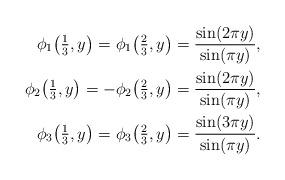
LaTeX: \begin{align*}\phi_1\big(\tfrac13,y\big) = \ & \phi_1\big(\tfrac23,y\big) = \frac{\sin(2\pi y)}{\sin(\pi y)}, \\\phi_2\big(\tfrac13,y\big) = -&\phi_2\big(\tfrac23,y\big) = \frac{\sin(2\pi y)}{\sin(\pi y)}, \\\phi_3\big(\tfrac13,y\big) = \ & \phi_3\big(\tfrac23,y\big) = \frac{\sin(3\pi y)}{\sin(\pi y)}.\end{align*}